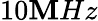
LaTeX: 10\mathbf{M}Hz